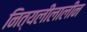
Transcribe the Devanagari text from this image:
नित्यलीलालीन